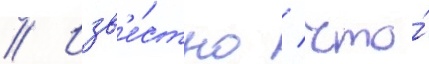
// Изв'е́стно / что́